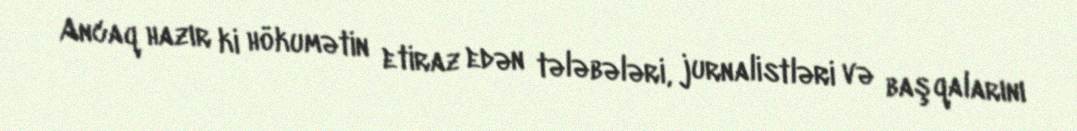
Ancaq hazır ki hökumətin etiraz edən tələbələri, jurnalistləri və başqalarını